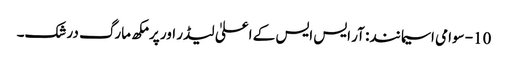
10- سوامی اسیما نند: آر ایس ایس کے اعلیٰ لیڈر اور پرمکھ مارگ درشک۔